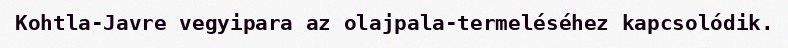
Kohtla-Javre vegyipara az olajpala-termeléséhez kapcsolódik.